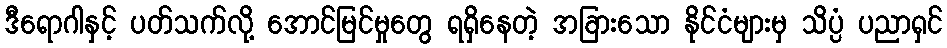
ဒီရောဂါနှင့် ပတ်သက်လို့ အောင်မြင်မှုတွေ ရရှိနေတဲ့ အခြားသော နိုင်ငံများမှ သိပ္ပံ ပညာရှင်